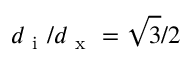
d _ { \mathrm { ~ i ~ } } / d _ { \mathrm { ~ x ~ } } = \sqrt { 3 } / 2